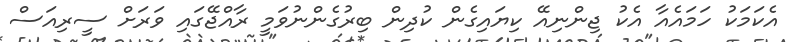
އެކަމަކު ހަމައެއާ އެކު ޖިންނިއޭ ކިޔައިގެން ކުދިން ބިރުގެންނުވަމީ ރާއްޖޭގައި ވަރަށް ސީރިއަސް